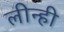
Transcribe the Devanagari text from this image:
लीन्‍ही